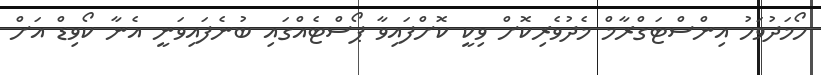
ހޯމަދުވަހު އިންސްޓަގްރާމް މެދުވެރިކޮށް ވިކީ ކޮށްފައިވާ ޕޯސްޓެއްގައި ބުނެފައިވަނީ އެނާ ކޯވިޑް އަށް